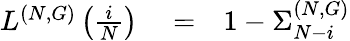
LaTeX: \begin{array}{rlr}{L^{(N,G)}\left(\frac{i}{N}\right)}&{{}=}&{1-\Sigma_{N-i}^{(N,G)}}\end{array}